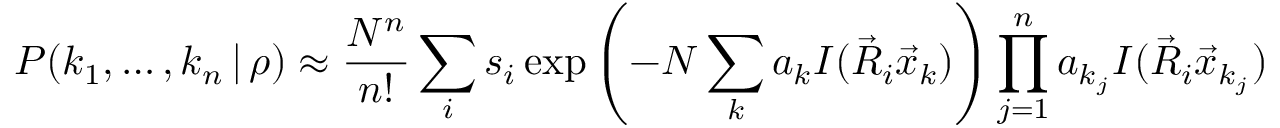
P ( k _ { 1 } , \dots , k _ { n } \, | \, \rho ) \approx \frac { N ^ { n } } { n ! } \sum _ { i } s _ { i } \exp \left( - N \sum _ { k } a _ { k } I ( \vec { R } _ { i } \vec { x } _ { k } ) \right) \prod _ { j = 1 } ^ { n } a _ { k _ { j } } I ( \vec { R } _ { i } \vec { x } _ { k _ { j } } )